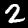
Label: 2